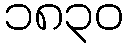
၁၈၃၀